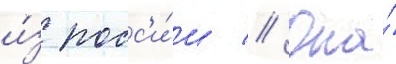
и́з росс'и́и // Она́